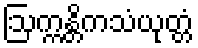
ဩက္ကန္တိကသံယုတ္တံ